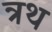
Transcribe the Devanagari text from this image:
त्रथ